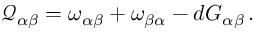
\mathcal { Q } _ { \alpha \beta } = \omega _ { \alpha \beta } + \omega _ { \beta \alpha } - d G _ { \alpha \beta } \, .